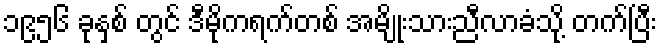
၁၉၅၆ ခုနှစ် တွင် ဒီမိုကရက်တစ် အမျိုးသားညီလာခံသို့ တက်ပြီး